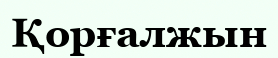
Қорғалжын